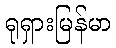
ရုရှားမြန်မာ